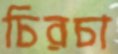
চিরচা